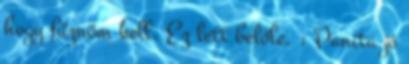
hogy fűznöm kell. Ez lett belőle. : Panita jó